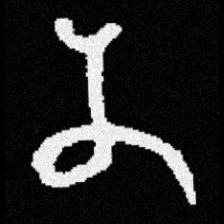
Pyu character \u2014 Myanmar letter: န (romanized: na)